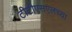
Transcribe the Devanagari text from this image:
टीटीएसएलच्या